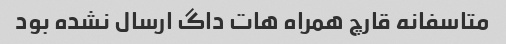
متاسفانه قارچ همراه هات داگ ارسال نشده بود